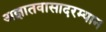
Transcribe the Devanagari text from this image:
अज्ञातवासादरम्यान